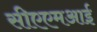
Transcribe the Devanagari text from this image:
सीएएमआई